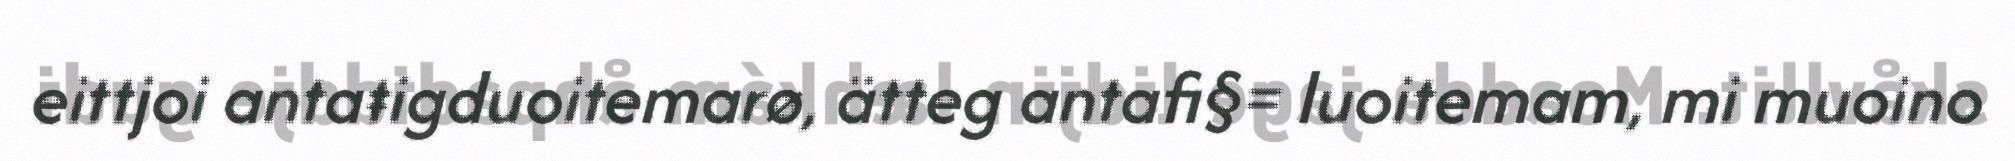
eittjoi antaŧigduoitemarø, ätteg antafi§= luoitemam, mi muoino